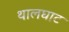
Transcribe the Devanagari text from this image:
थालघाट